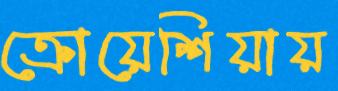
ক্রোয়েশিয়ায়